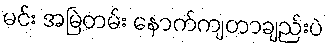
မင်း အမြဲတမ်း နောက်ကျတာချည်းပဲ